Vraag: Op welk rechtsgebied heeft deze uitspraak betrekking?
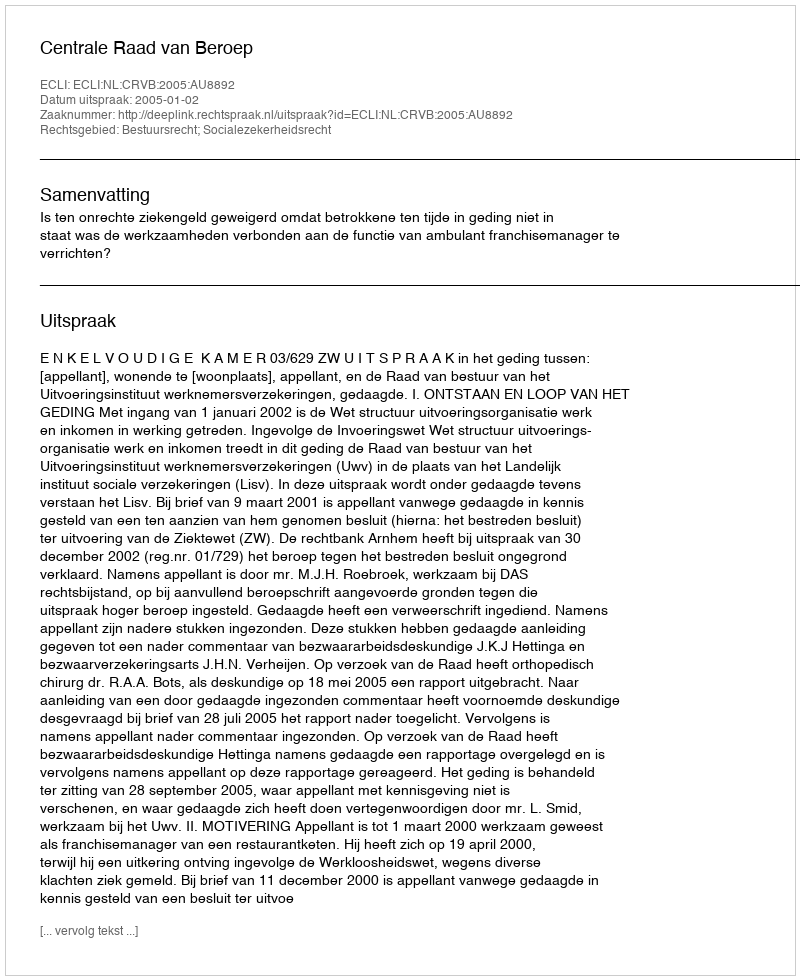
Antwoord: Bestuursrecht; Socialezekerheidsrecht